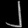
Digit: ၂